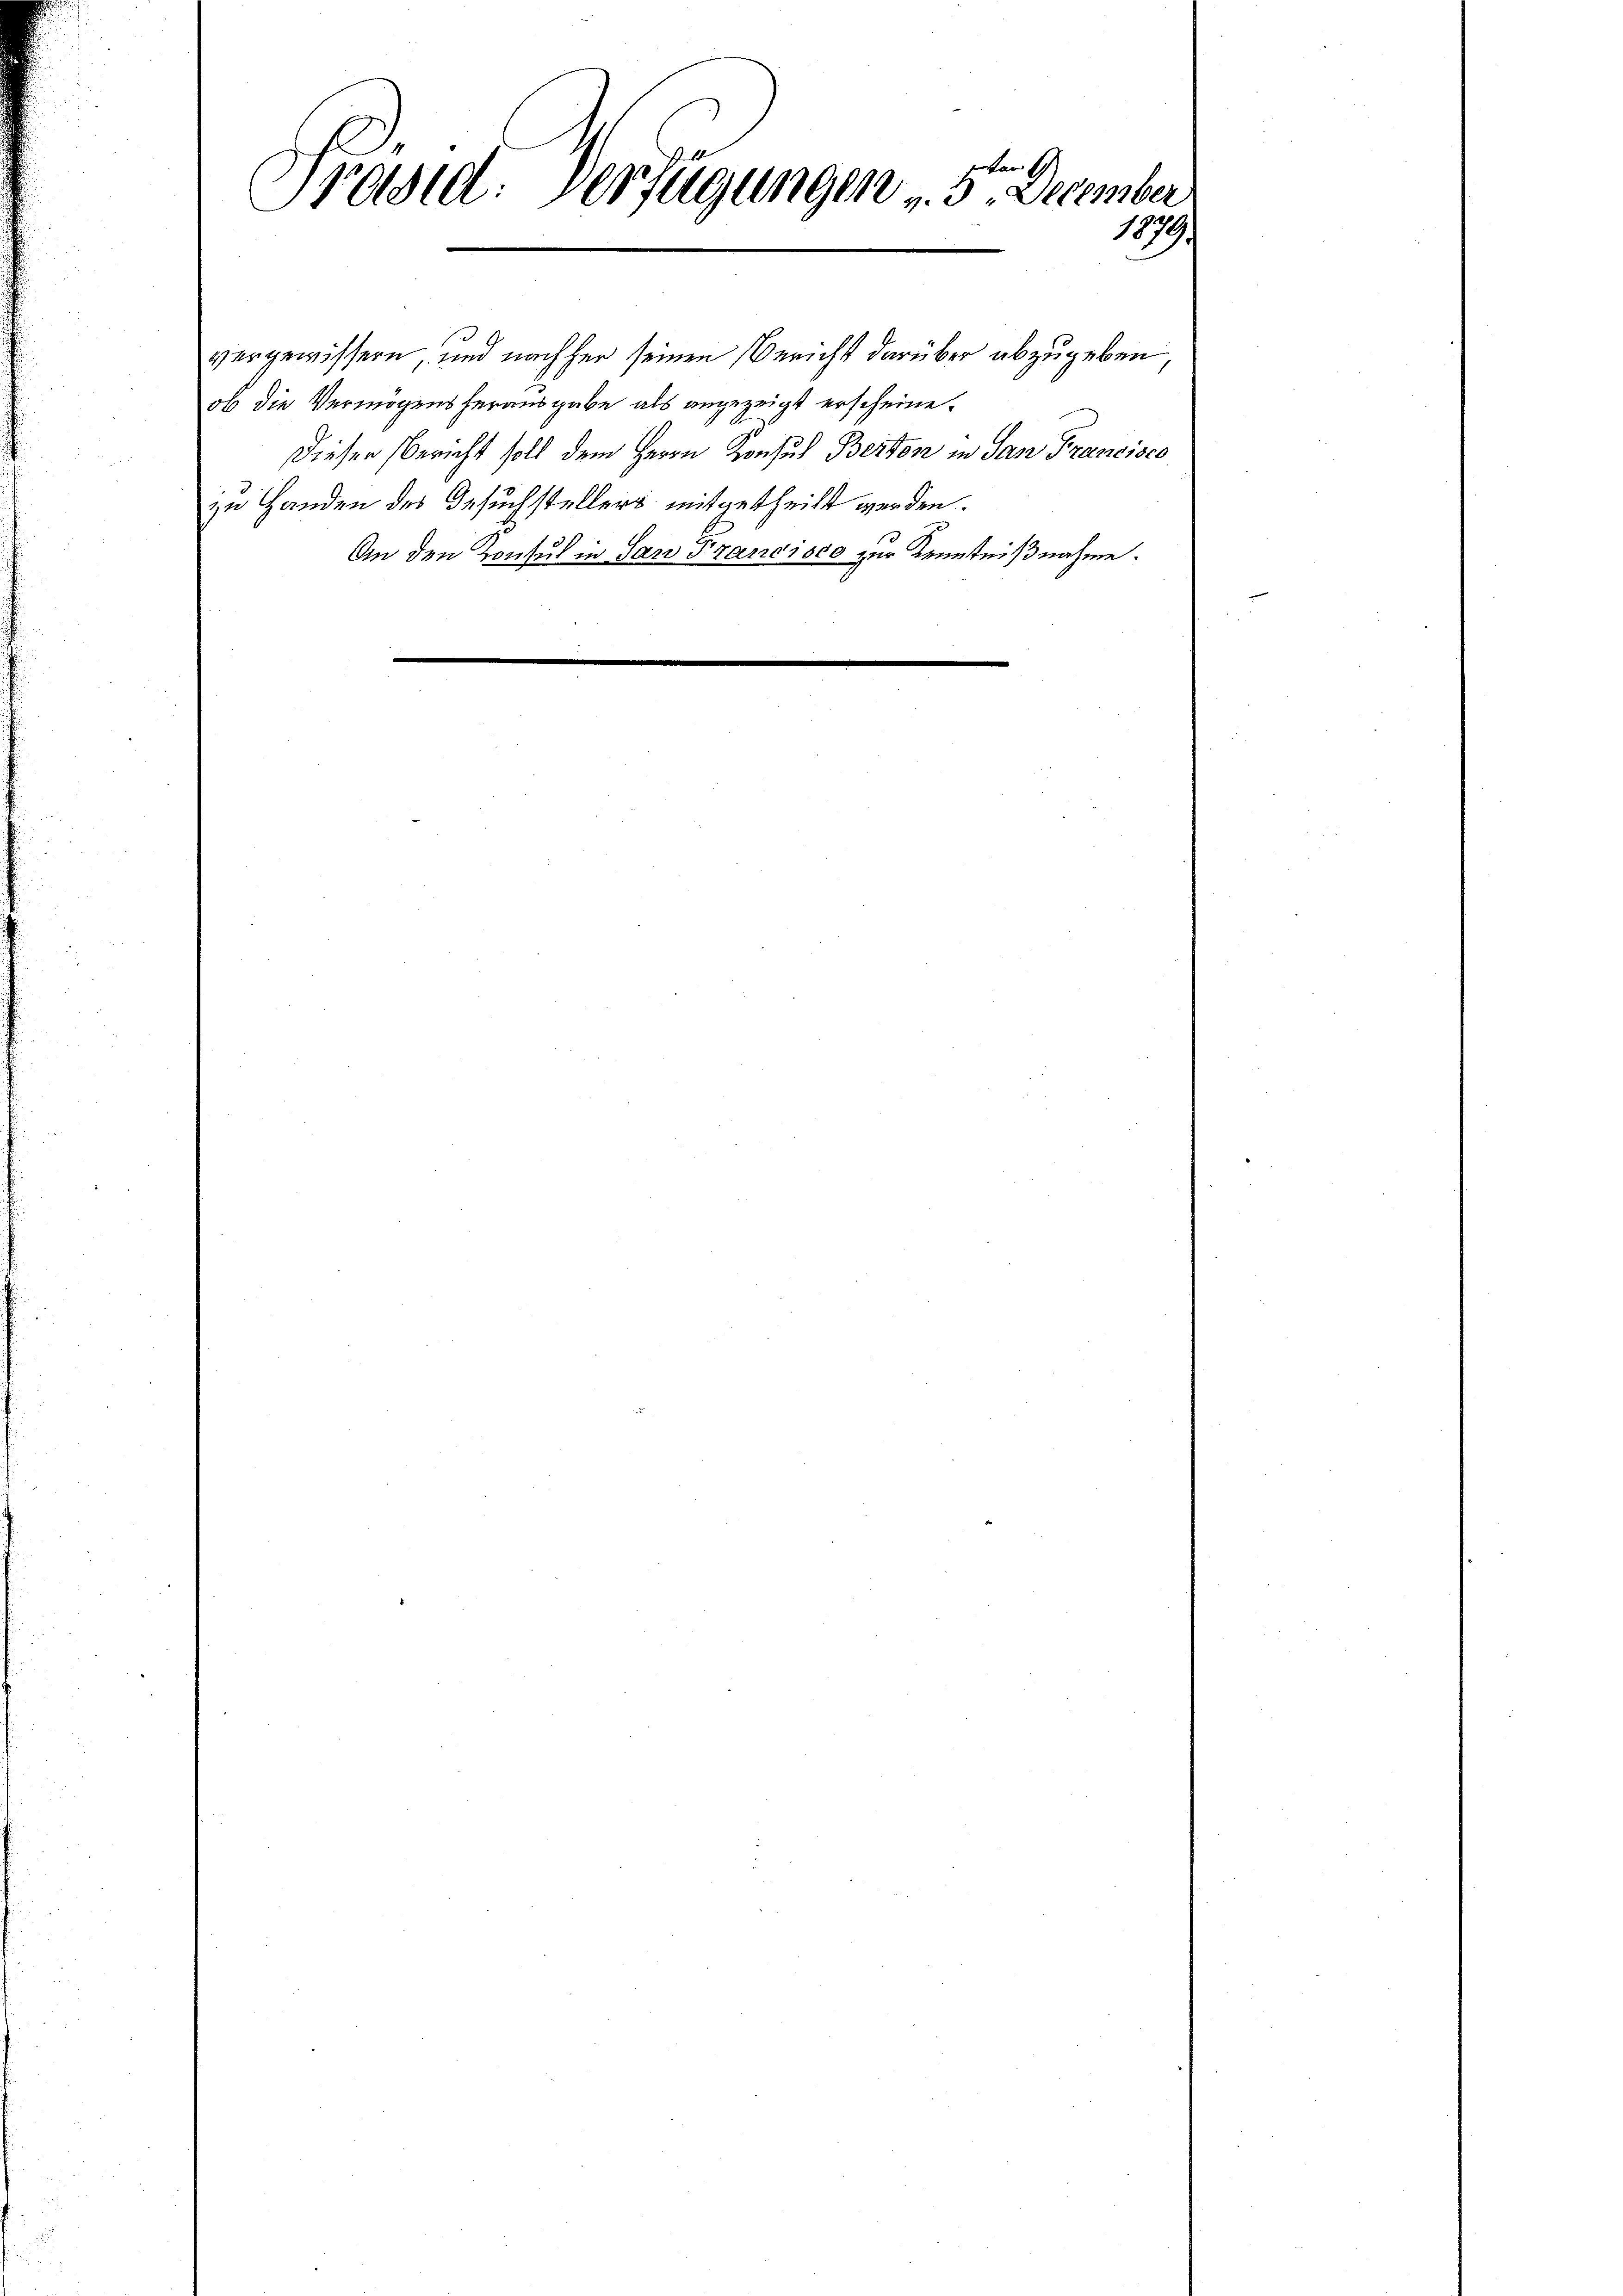
ofen
Tradid: Verfügungen u. 3. December
1879.

vergewissern, und nachher seinen Bericht darüber abzugeben
ob die Vermögens herausgabe als angezeigt erscheine
Dieser Bericht soll dem Herrn Konsul Berton in San Francisco
zu Handen des Gesuchstellers mitgetheilt werden.
An den Konsul in San Francisco zur Kenntnißnahme.